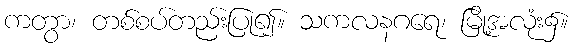
ကတွာ၊ တစ်စပ်တည်းပြု၍။ သကလနဂရေ၊ မြို့အလုံး၌။